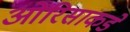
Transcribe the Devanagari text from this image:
ओरिसाकडे